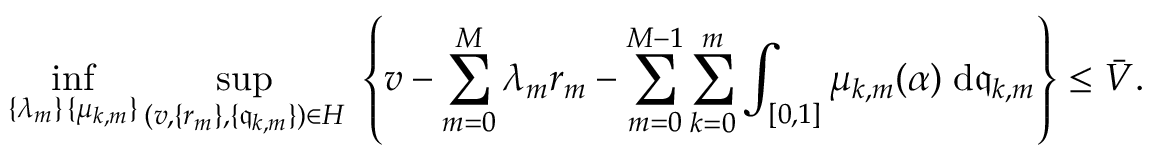
\operatorname* { i n f } _ { \substack { \{ \lambda _ { m } \} \, \{ \mu _ { k , m } \} } } \operatorname* { s u p } _ { ( v , \{ r _ { m } \} , \{ \mathfrak { q } _ { k , m } \} ) \in H } \; \left\{ v - \sum _ { m = 0 } ^ { M } \lambda _ { m } r _ { m } - \sum _ { m = 0 } ^ { M - 1 } \sum _ { k = 0 } ^ { m } \int _ { [ 0 , 1 ] } \mu _ { k , m } ( \alpha ) \; \mathrm { d } \mathfrak { q } _ { k , m } \right\} \leq \bar { V } .